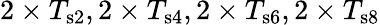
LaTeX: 2\times T_{\mathrm{s2}},2\times T_{\mathrm{s4}},2\times T_{\mathrm{s6}},2\times T_{\mathrm{s8}}